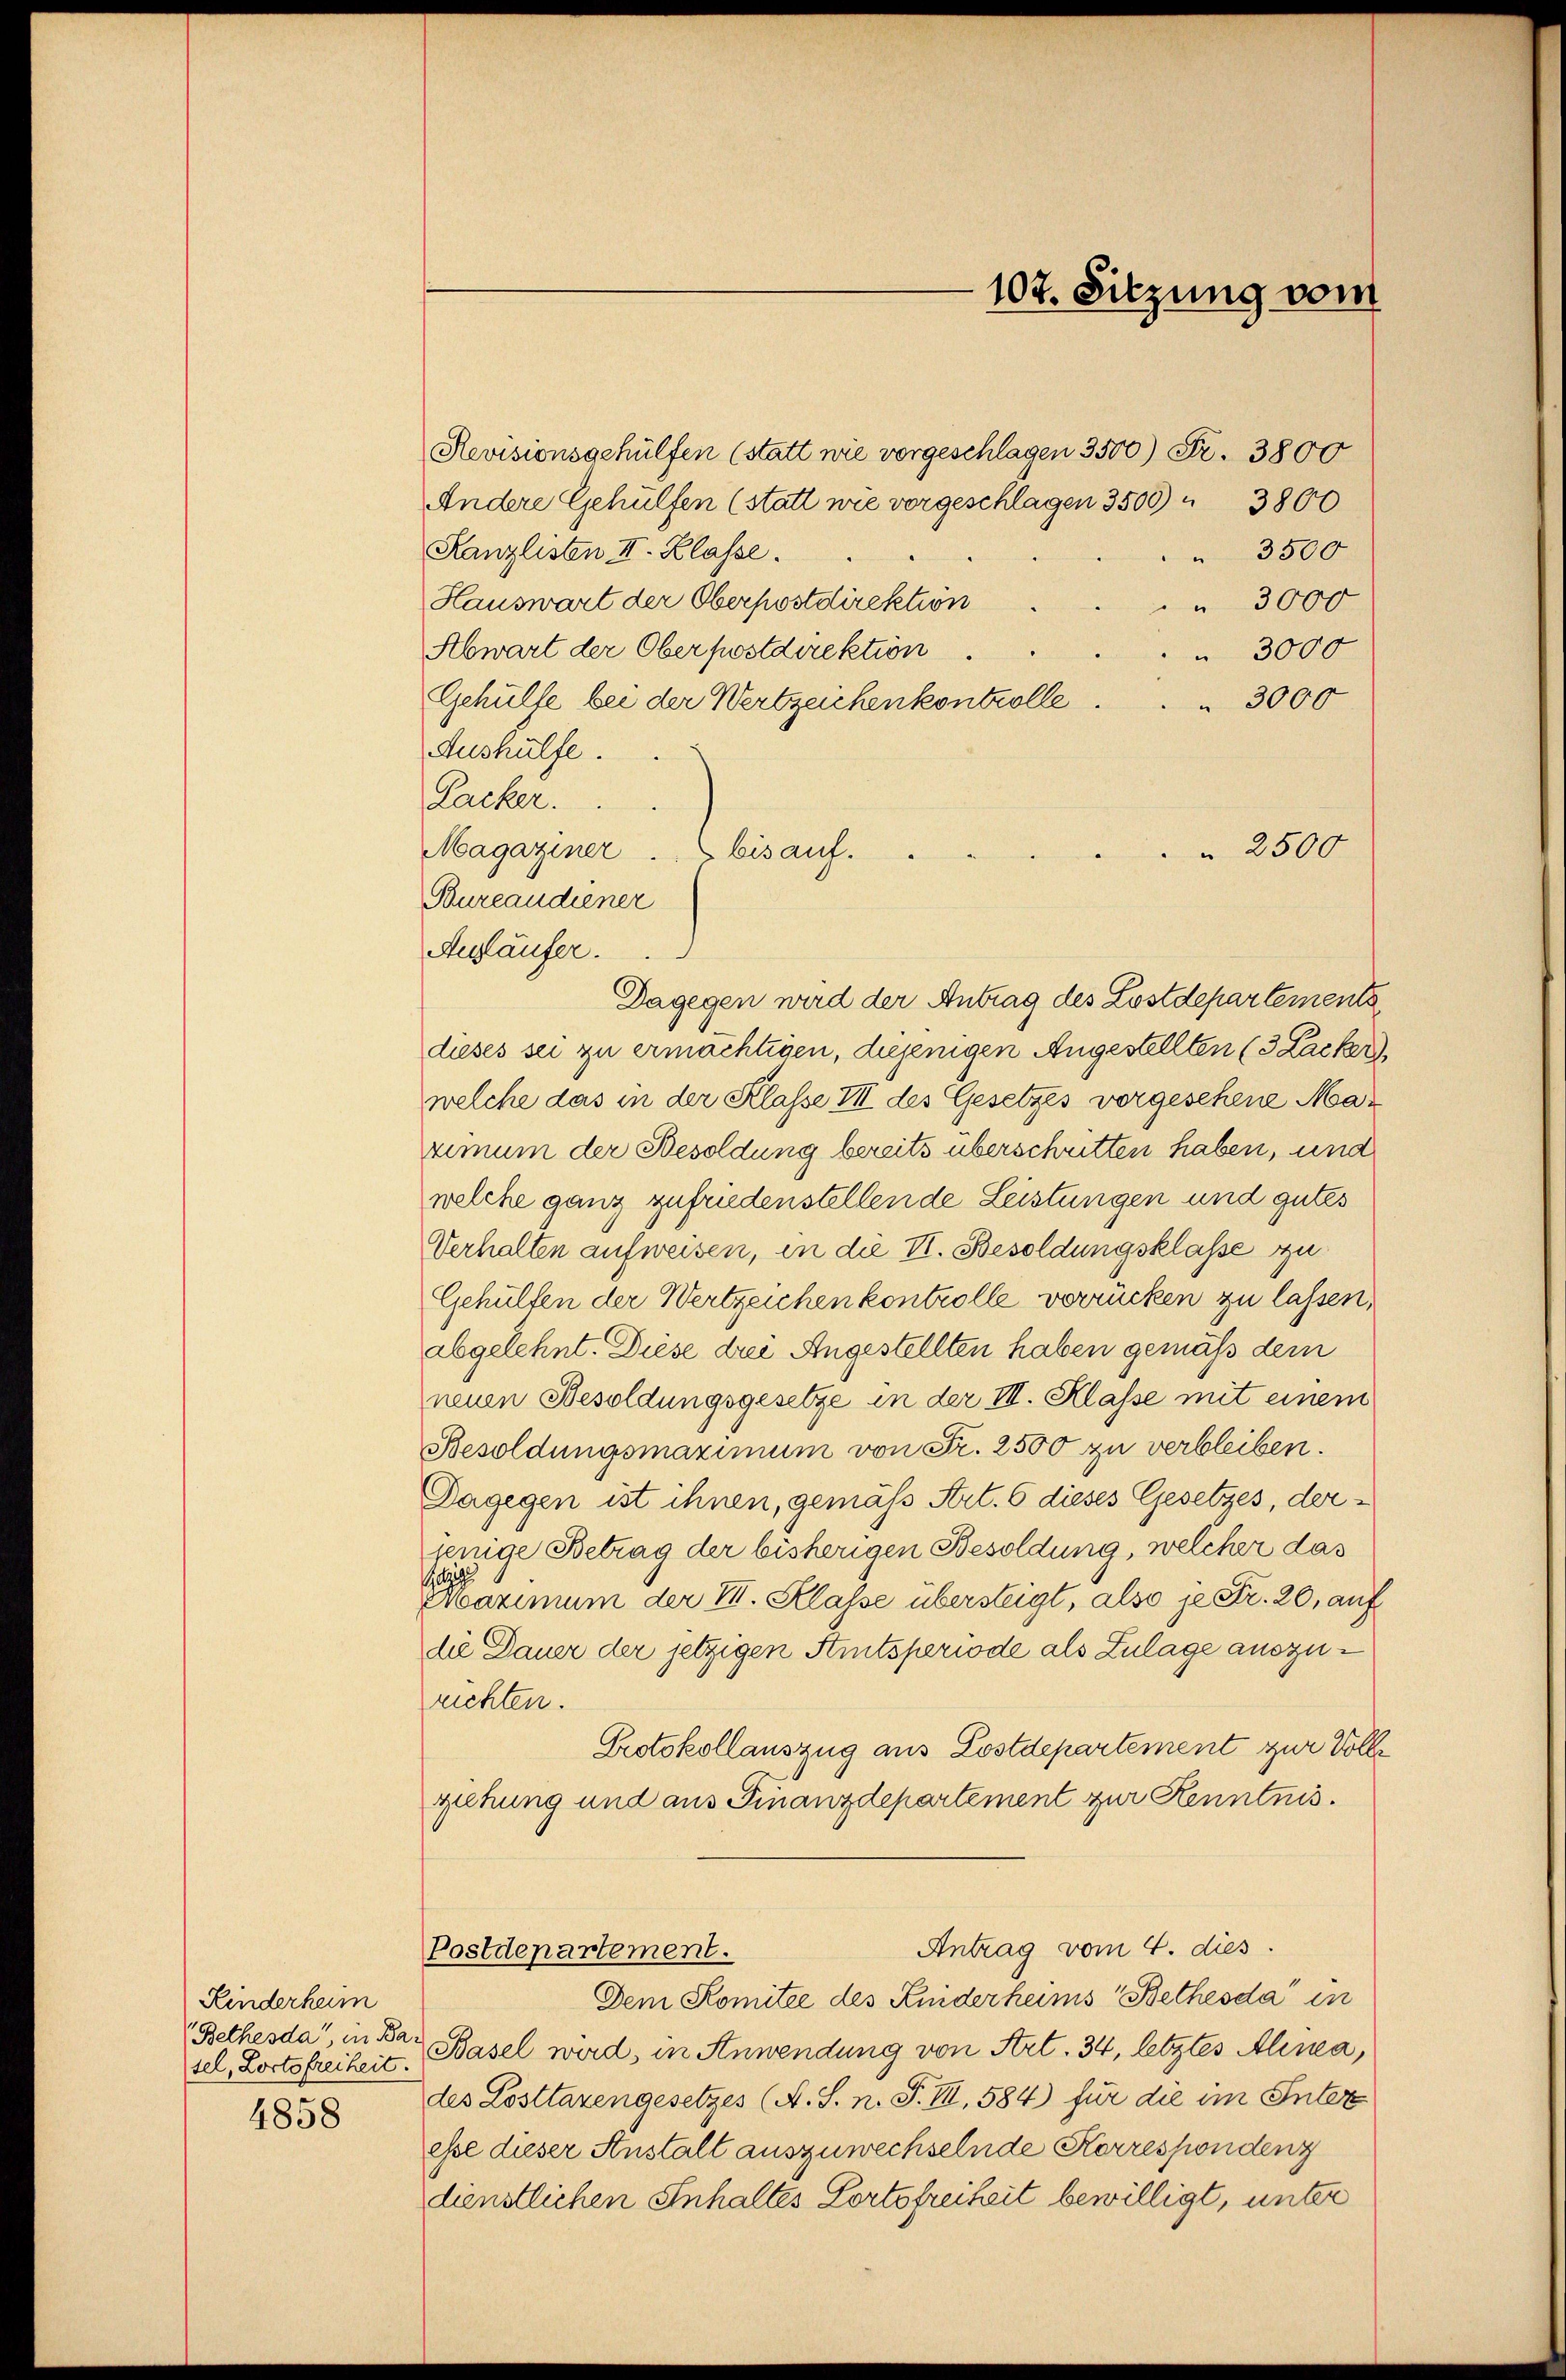
Kinderheim
Bethesda, in Bar
sel, Loctofreiheit.
4858

107. Sitzung vom

Revisionsgehülfen (statt wie vorgeschlagen 3500 Fr. 3800
Andere Gehülfen (statt wie vorgeschlagen 3500    3800
Kanzlisten II. Klasse.
 3500
Hauswart der Oberpostdirektion
 3000
Abwart der Oberpostdirektion
 3000
Gehülfe bei der Wertzeichenkontrolle
 3000
Aushülfe.
Lacker.
Magaziner bis auf.
Bureaudiener
Aegläufer.
Dagegen wird der Antrag des Lostdepartements
dieses sei zu ermächtigen, diejenigen Angestellten (3 Zacker
welche das in der Klasse III des Gesetzes vorgesehene Mar
rimum der Besoldung bereits überschritten haben, und
welche ganz zufriedenstellende Leistungen und gutes
Verhalten aufweisen, in die VI. Besoldungsklasse zu
Gehülfen der Wertzeichen kontrolle verrücken zu lassen,
abgelehnt. Diese drei Angestellten haben gemäß dem
neuen Besoldungsgesetze in der III. Klasse mit einem
Besoldungsmaximum von Fr. 2500 zu verbleiben.
Dagegen ist ihnen, gemäß Art. 6 dieses Gesetzes, derjenige Betrag der bisherigen Besoldung, welcher das
Maximum der III. Klasse übersteigt, also je Fr. 20, auf
die Dauer der jetzigen Amtsperiode als Zulage auszurichten.
Protokollauszug aus Lostdepartement zur Volle
ziehung und aus Finanzdepartement zur Kenntnis.
Antrag vom 4. dies
Postdepartement.
Dem Komitée des Kniderheims Bethesda in
Basel wird, in Anwendung von Art. 34, letztes Alinea,
des Losttarengesetzes (A. S. n. F. III, 584) für die im Inter
esse dieser Anstalt auszuwechselnde Korrespondenz
dienstlichen Inhaltes Portofreiheit bewilligt, unter

2500